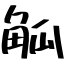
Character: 觚